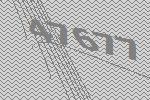
47677